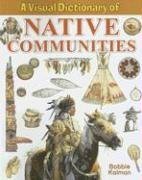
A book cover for A Visual Dictionary of  Native Communities (Crabtree Visual Dictionaries); Bobbie Kalman; Teen & Young Adult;